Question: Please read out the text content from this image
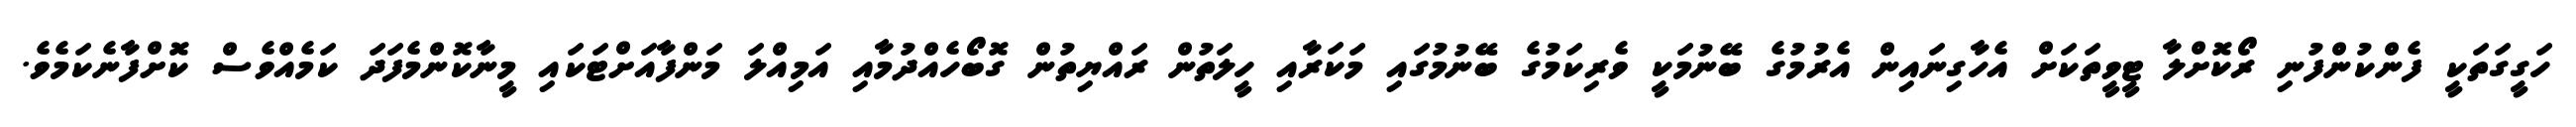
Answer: ހަގީގަތަކީ ފެންކުންފުނި ރޯކޮށްލާ ޓީވީތަކަށް އެހާގިނައިން އެރުމުގެ ބޭނުމަކީ ވެރިކަމުގެ ބޭނުމުގައި މަކަރާއި ހީލަތުން ރައްޔިތުން ގޮބޯހެއްދުމާއި އަމިއްލަ މަންފާއަށްޓަކައި މީނާކޮންމެފަދަ ކަމެއްވެސް ކޮށްފާނެކަމެވެ.